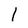
Character: l